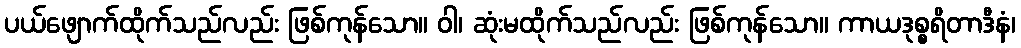
ပယ်ဖျောက်ထိုက်သည်လည်း ဖြစ်ကုန်သော။ ဝါ၊ ဆုံးမထိုက်သည်လည်း ဖြစ်ကုန်သော။ ကာယဒုစ္စရိတာဒီနံ၊